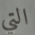
التي